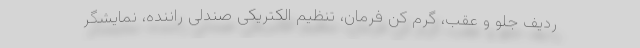
ردیف جلو و عقب، گرم کن فرمان، تنظیم الکتریکی صندلی راننده، نمایشگر